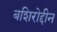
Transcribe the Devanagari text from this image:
बशिरोद्दीन